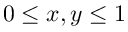
0 \leq x , y \leq 1